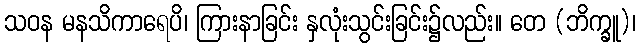
သဝန မနသိကာရေပိ၊ ကြားနာခြင်း နှလုံးသွင်းခြင်း၌လည်း။ တေ (ဘိက္ခူ)၊